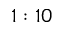
1 : 1 0